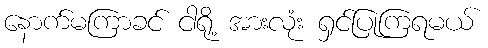
နောက်မကြာခင် ငါရို့ အားလုံး ရှင်ပြုကြရမယ်